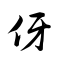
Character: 伢